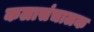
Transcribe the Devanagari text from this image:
कलासंचालक